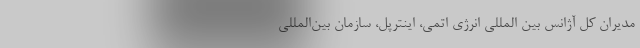
مدیران کل آژانس بین المللی انرژی اتمی، اینترپل، سازمان بین‌المللی